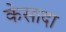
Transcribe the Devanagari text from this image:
केसादा